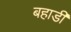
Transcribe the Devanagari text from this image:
बहाडी